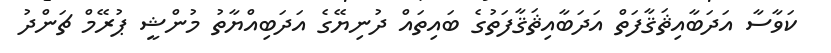
ކަވާސާ އަދަބާއިޘަޤާފަތް އަދަބާއިޘަޤާފަތުގެ ބައިތައް ދުނިޔޭގެ އަދަބިއްޔާތު މުންޝީ ޕުރޭމް ޗަންދު